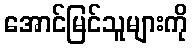
အောင်မြင်သူများကို